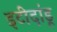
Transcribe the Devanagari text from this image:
इटीदांडू